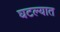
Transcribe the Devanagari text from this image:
घटल्यात